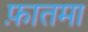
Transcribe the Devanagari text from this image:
फ़ातमा